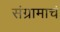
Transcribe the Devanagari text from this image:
संग्रामाचं